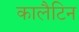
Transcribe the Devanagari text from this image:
कालैटिन